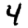
Digit: 4